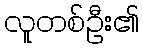
လူတစ်ဦး၏